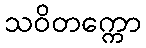
သဝိတက္ကော